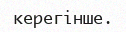
керегінше.